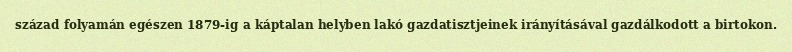
század folyamán egészen 1879-ig a káptalan helyben lakó gazdatisztjeinek irányításával gazdálkodott a birtokon.